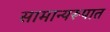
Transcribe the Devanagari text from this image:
सामान्यरूपात